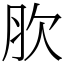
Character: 肷